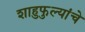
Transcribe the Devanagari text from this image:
शाहुफुल्यांचे